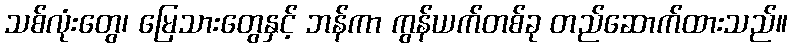
သစ်လုံးတွေ၊ မြေသားတွေနှင့် ဘန်ကာ ကွန်ယက်တစ်ခု တည်ဆောက်ထားသည်။